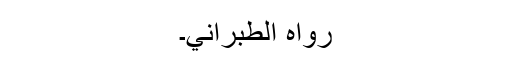
رَوَاہُ الطَّبَرَانِيُّ۔